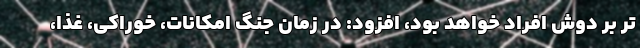
تر بر دوش افراد خواهد بود، افزود: در زمان جنگ امکانات، خوراکی، غذا،